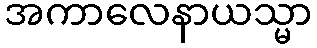
အကာလေနာယသ္မာ